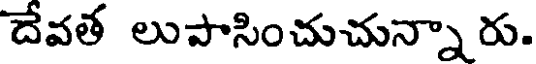
దేవత లుపాసించుచున్నా రు.